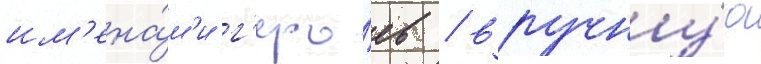
им'ена́м'и г'еро́ев / вручну́ю